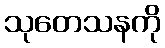
သုတေသနကို